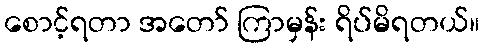
စောင့်ရတာ အတော် ကြာမှန်း ရိပ်မိရတယ်။